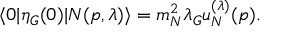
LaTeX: \langle 0 | { \eta } _ { G } ( 0 ) | N ( p , { \lambda } ) \rangle = m _ { N } ^ { 2 } { \lambda } _ { G } u _ { N } ^ { ( { \lambda } ) } ( p ) .